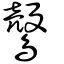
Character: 𪅏